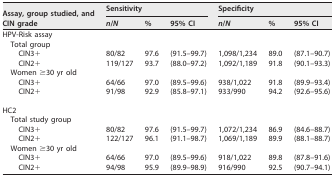
<table><thead><tr><td rowspan="2"><b>Assay, group studied, and CIN grade</b></td><td colspan="3"><b>Sensitivity</b></td><td colspan="3"><b>Specificity</b></td></tr><tr><td><b><i>n</i>/<i>N</i></b></td><td><b>%</b></td><td><b>95% CI</b></td><td><b><i>n</i>/<i>N</i></b></td><td><b>%</b></td><td><b>95% CI</b></td></tr></thead><tbody><tr><td>HPV-Risk assay</td><td></td><td></td><td></td><td></td><td></td><td></td></tr><tr><td>Total group</td><td></td><td></td><td></td><td></td><td></td><td></td></tr><tr><td>CIN3+</td><td>80/82</td><td>97.6</td><td>(91.5–99.7)</td><td>1,098/1,234</td><td>89.0</td><td>(87.1–90.7)</td></tr><tr><td>CIN2+</td><td>119/127</td><td>93.7</td><td>(88.0–97.2)</td><td>1,092/1,189</td><td>91.8</td><td>(90.1–93.3)</td></tr><tr><td>Women ≥30 yr old</td><td></td><td></td><td></td><td></td><td></td><td></td></tr><tr><td>CIN3+</td><td>64/66</td><td>97.0</td><td>(89.5–99.6)</td><td>938/1,022</td><td>91.8</td><td>(89.9–93.4)</td></tr><tr><td>CIN2+</td><td>91/98</td><td>92.9</td><td>(85.8–97.1)</td><td>933/990</td><td>94.2</td><td>(92.6–95.6)</td></tr><tr><td>HC2</td><td></td><td></td><td></td><td></td><td></td><td></td></tr><tr><td>Total study group</td><td></td><td></td><td></td><td></td><td></td><td></td></tr><tr><td>CIN3+</td><td>80/82</td><td>97.6</td><td>(91.5–99.7)</td><td>1,072/1,234</td><td>86.9</td><td>(84.6–88.7)</td></tr><tr><td>CIN2+</td><td>122/127</td><td>96.1</td><td>(91.1–98.7)</td><td>1,069/1,189</td><td>89.9</td><td>(88.1–88.7)</td></tr><tr><td>Women ≥30 yr old</td><td></td><td></td><td></td><td></td><td></td><td></td></tr><tr><td>CIN3+</td><td>64/66</td><td>97.0</td><td>(89.5–99.6)</td><td>918/1,022</td><td>89.8</td><td>(87.8–91.6)</td></tr><tr><td>CIN2+</td><td>94/98</td><td>95.9</td><td>(89.9–98.9)</td><td>916/990</td><td>92.5</td><td>(90.7–94.1)</td></tr></tbody></table>